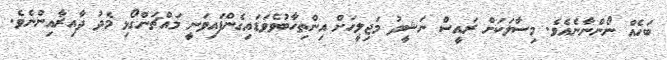
ބަހެއް ނޯންނާނެއެވެ. މިސާލަކަށް ރައީސް ނަޝީދު މަޖިލީހަށް އިންތިހާބުވެވަޑައިގެންފައިވަނީ މައްޗަންގޯޅި މެދު ދާއިރާއިންނެވެ.